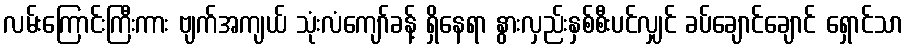
လမ်းကြောင်းကြီးကား ဗျက်အကျယ် သုံးလံကျော်ခန့် ရှိနေရာ နွားလှည်းနှစ်စီးပင်လျှင် ခပ်ချောင်ချောင် ရှောင်သာ